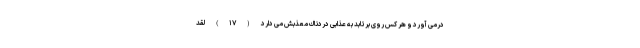
درمى آورد و هر كس روى برتابد به عذابى دردناك معذبش مى دارد (۱۷) لَقَدْ